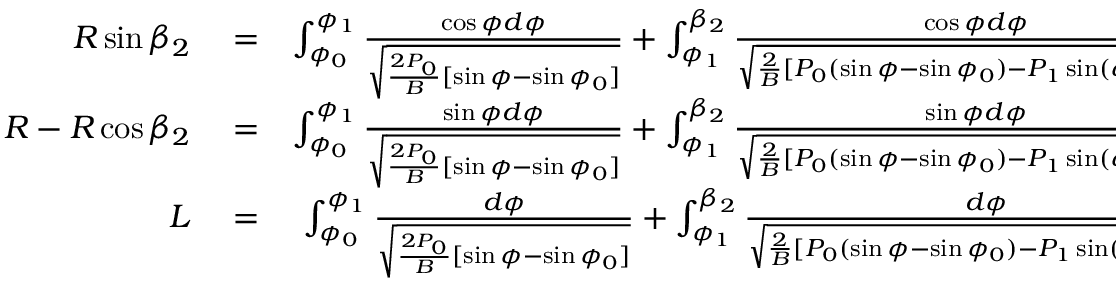
\begin{array} { r l r } { R \sin \beta _ { 2 } } & { { } = } & { \int _ { \phi _ { 0 } } ^ { \phi _ { 1 } } \frac { \cos \phi d \phi } { \sqrt { \frac { 2 P _ { 0 } } { B } [ \sin \phi - \sin \phi _ { 0 } ] } } + \int _ { \phi _ { 1 } } ^ { \beta _ { 2 } } \frac { \cos \phi d \phi } { \sqrt { \frac { 2 } { B } [ P _ { 0 } ( \sin \phi - \sin \phi _ { 0 } ) - P _ { 1 } \sin ( \phi - \phi _ { 1 } ) ] } } , } \\ { R - R \cos \beta _ { 2 } } & { { } = } & { \int _ { \phi _ { 0 } } ^ { \phi _ { 1 } } \frac { \sin \phi d \phi } { \sqrt { \frac { 2 P _ { 0 } } { B } [ \sin \phi - \sin \phi _ { 0 } ] } } + \int _ { \phi _ { 1 } } ^ { \beta _ { 2 } } \frac { \sin \phi d \phi } { \sqrt { \frac { 2 } { B } [ P _ { 0 } ( \sin \phi - \sin \phi _ { 0 } ) - P _ { 1 } \sin ( \phi - \phi _ { 1 } ) ] } } , } \\ { L } & { { } = } & { \int _ { \phi _ { 0 } } ^ { \phi _ { 1 } } \frac { d \phi } { \sqrt { \frac { 2 P _ { 0 } } { B } [ \sin \phi - \sin \phi _ { 0 } ] } } + \int _ { \phi _ { 1 } } ^ { \beta _ { 2 } } \frac { d \phi } { \sqrt { \frac { 2 } { B } [ P _ { 0 } ( \sin \phi - \sin \phi _ { 0 } ) - P _ { 1 } \sin ( \phi - \phi _ { 1 } ) ] } } } \end{array}